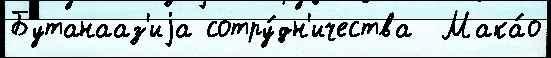
Бутанааз'иjа сотру́дн'ичества  Мака́о